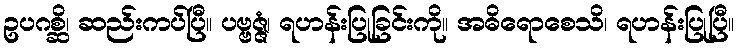
ဥပဂစ္ဆိ၊ ဆည်းကပ်ပြီ။ ပဗ္ဗဇ္ဇံ၊ ရဟန်းပြုခြင်းကို။ အဓိရောစေသိ၊ ရဟန်းပြုပြီ။